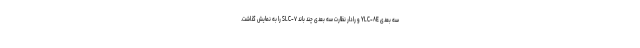
سه بعدی YLC-۸E و رادار نظارت سه بعدی چند باند SLC-۷ را به نمایش گذاشت.